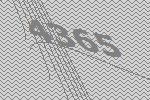
4365